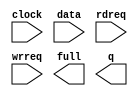
// megafunction wizard: %FIFO%VBB%
// GENERATION: STANDARD
// VERSION: WM1.0
// MODULE: scfifo 

// ============================================================
// Megafunction Name(s):
// 			scfifo
//
// Simulation Library Files(s):
// 			altera_mf
// ============================================================
// ************************************************************
// THIS IS A WIZARD-GENERATED FILE. DO NOT EDIT THIS FILE!
//
// 18.1.0 Build 625 09/12/2018 SJ Standard Edition
// ************************************************************

//Copyright (C) 2018  Intel Corporation. All rights reserved.
//Your use of Intel Corporation's design tools, logic functions 
//and other software and tools, and its AMPP partner logic 
//functions, and any output files from any of the foregoing 
//(including device programming or simulation files), and any 
//associated documentation or information are expressly subject 
//to the terms and conditions of the Intel Program License 
//Subscription Agreement, the Intel Quartus Prime License Agreement,
//the Intel FPGA IP License Agreement, or other applicable license
//agreement, including, without limitation, that your use is for
//the sole purpose of programming logic devices manufactured by
//Intel and sold by Intel or its authorized distributors.  Please
//refer to the applicable agreement for further details.

module fifo_add (
	clock,
	data,
	rdreq,
	wrreq,
	full,
	q);

	input	  clock;
	input	[15:0]  data;
	input	  rdreq;
	input	  wrreq;
	output	  full;
	output	[15:0]  q;

endmodule

// ============================================================
// CNX file retrieval info
// ============================================================
// Retrieval info: PRIVATE: AlmostEmpty NUMERIC "0"
// Retrieval info: PRIVATE: AlmostEmptyThr NUMERIC "-1"
// Retrieval info: PRIVATE: AlmostFull NUMERIC "0"
// Retrieval info: PRIVATE: AlmostFullThr NUMERIC "-1"
// Retrieval info: PRIVATE: CLOCKS_ARE_SYNCHRONIZED NUMERIC "1"
// Retrieval info: PRIVATE: Clock NUMERIC "0"
// Retrieval info: PRIVATE: Depth NUMERIC "16384"
// Retrieval info: PRIVATE: Empty NUMERIC "0"
// Retrieval info: PRIVATE: Full NUMERIC "1"
// Retrieval info: PRIVATE: INTENDED_DEVICE_FAMILY STRING "Cyclone 10 LP"
// Retrieval info: PRIVATE: LE_BasedFIFO NUMERIC "0"
// Retrieval info: PRIVATE: LegacyRREQ NUMERIC "1"
// Retrieval info: PRIVATE: MAX_DEPTH_BY_9 NUMERIC "0"
// Retrieval info: PRIVATE: OVERFLOW_CHECKING NUMERIC "0"
// Retrieval info: PRIVATE: Optimize NUMERIC "0"
// Retrieval info: PRIVATE: RAM_BLOCK_TYPE NUMERIC "0"
// Retrieval info: PRIVATE: SYNTH_WRAPPER_GEN_POSTFIX STRING "0"
// Retrieval info: PRIVATE: UNDERFLOW_CHECKING NUMERIC "0"
// Retrieval info: PRIVATE: UsedW NUMERIC "0"
// Retrieval info: PRIVATE: Width NUMERIC "16"
// Retrieval info: PRIVATE: dc_aclr NUMERIC "0"
// Retrieval info: PRIVATE: diff_widths NUMERIC "0"
// Retrieval info: PRIVATE: msb_usedw NUMERIC "0"
// Retrieval info: PRIVATE: output_width NUMERIC "16"
// Retrieval info: PRIVATE: rsEmpty NUMERIC "1"
// Retrieval info: PRIVATE: rsFull NUMERIC "0"
// Retrieval info: PRIVATE: rsUsedW NUMERIC "0"
// Retrieval info: PRIVATE: sc_aclr NUMERIC "0"
// Retrieval info: PRIVATE: sc_sclr NUMERIC "0"
// Retrieval info: PRIVATE: wsEmpty NUMERIC "0"
// Retrieval info: PRIVATE: wsFull NUMERIC "1"
// Retrieval info: PRIVATE: wsUsedW NUMERIC "0"
// Retrieval info: LIBRARY: altera_mf altera_mf.altera_mf_components.all
// Retrieval info: CONSTANT: ADD_RAM_OUTPUT_REGISTER STRING "OFF"
// Retrieval info: CONSTANT: INTENDED_DEVICE_FAMILY STRING "Cyclone 10 LP"
// Retrieval info: CONSTANT: LPM_NUMWORDS NUMERIC "16384"
// Retrieval info: CONSTANT: LPM_SHOWAHEAD STRING "OFF"
// Retrieval info: CONSTANT: LPM_TYPE STRING "scfifo"
// Retrieval info: CONSTANT: LPM_WIDTH NUMERIC "16"
// Retrieval info: CONSTANT: LPM_WIDTHU NUMERIC "14"
// Retrieval info: CONSTANT: OVERFLOW_CHECKING STRING "ON"
// Retrieval info: CONSTANT: UNDERFLOW_CHECKING STRING "ON"
// Retrieval info: CONSTANT: USE_EAB STRING "ON"
// Retrieval info: USED_PORT: clock 0 0 0 0 INPUT NODEFVAL "clock"
// Retrieval info: USED_PORT: data 0 0 16 0 INPUT NODEFVAL "data[15..0]"
// Retrieval info: USED_PORT: full 0 0 0 0 OUTPUT NODEFVAL "full"
// Retrieval info: USED_PORT: q 0 0 16 0 OUTPUT NODEFVAL "q[15..0]"
// Retrieval info: USED_PORT: rdreq 0 0 0 0 INPUT NODEFVAL "rdreq"
// Retrieval info: USED_PORT: wrreq 0 0 0 0 INPUT NODEFVAL "wrreq"
// Retrieval info: CONNECT: @clock 0 0 0 0 clock 0 0 0 0
// Retrieval info: CONNECT: @data 0 0 16 0 data 0 0 16 0
// Retrieval info: CONNECT: @rdreq 0 0 0 0 rdreq 0 0 0 0
// Retrieval info: CONNECT: @wrreq 0 0 0 0 wrreq 0 0 0 0
// Retrieval info: CONNECT: full 0 0 0 0 @full 0 0 0 0
// Retrieval info: CONNECT: q 0 0 16 0 @q 0 0 16 0
// Retrieval info: GEN_FILE: TYPE_NORMAL fifo_add.v TRUE
// Retrieval info: GEN_FILE: TYPE_NORMAL fifo_add.inc FALSE
// Retrieval info: GEN_FILE: TYPE_NORMAL fifo_add.cmp FALSE
// Retrieval info: GEN_FILE: TYPE_NORMAL fifo_add.bsf FALSE
// Retrieval info: GEN_FILE: TYPE_NORMAL fifo_add_inst.v TRUE
// Retrieval info: GEN_FILE: TYPE_NORMAL fifo_add_bb.v TRUE
// Retrieval info: LIB_FILE: altera_mf